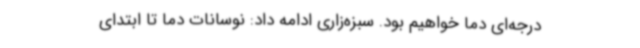
درجه‌ای دما خواهیم بود. سبزه‌زاری ادامه داد: نوسانات دما تا ابتدای